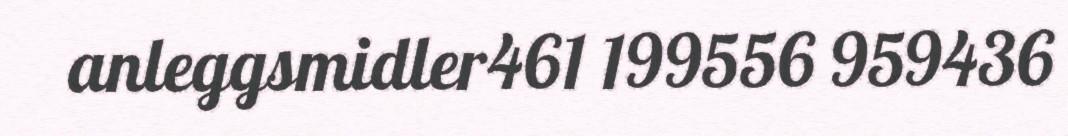
anleggsmidler461 199556 959436